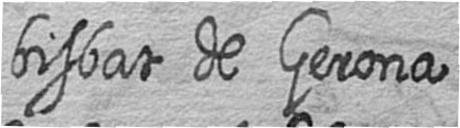
bisbat de Gerona